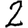
Digit: 2